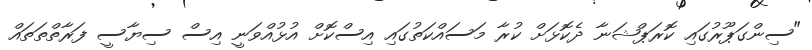
"ސިންގަޕޫރުގައި ކޮރަޕްޝަނާ ދެކޮޅަށް ކުރާ މަސައްކަތުގައި އިސްކޮށް އުޅުއްވަނީ އިސް ސިޔާސީ ފަރާތްތަތައް